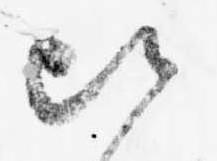
比